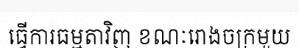
ធ្វើការធម្មតាវិញ ខណៈរោងចក្រមួយ